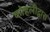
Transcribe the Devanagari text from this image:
कोहलीद्वारा